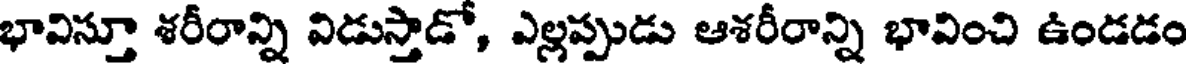
భావిస్తూ శరీరాన్ని విడుస్తాడో, ఎల్లప్పుడు ఆశరీరాన్ని భావించి ఉండడం